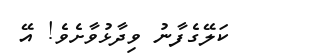
ކަލޭގެފާނު ވިދާޅުވާށެވެ! އޭ